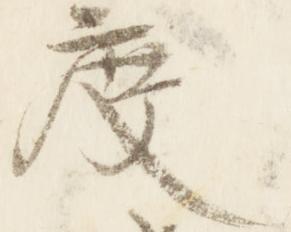
度